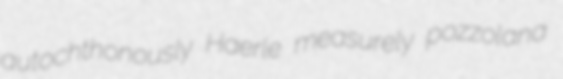
autochthonously Haerle measurely pozzolana